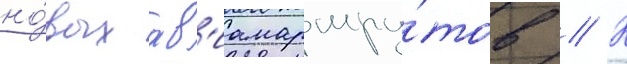
но́вых ав'иамаршру́тов // К